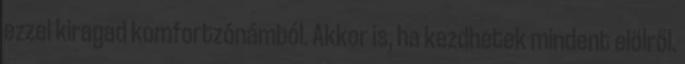
ezzel kiragad komfortzónámból. Akkor is, ha kezdhetek mindent elölről.